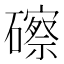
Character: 䃰